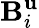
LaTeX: \mathbf{B}_{i}^{\mathbf{u}}